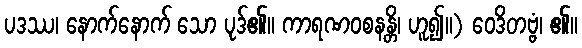
ပဒဿ၊ နောက်နောက် သော ပုဒ်၏။ ကာရဏဝစနန္တိ၊ ဟူ၍။) ဝေဒိတဗ္ဗံ၊ ၏။